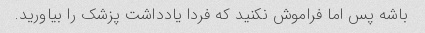
باشه پس اما فراموش نکنید که فردا یادداشت پزشک را بیاورید.